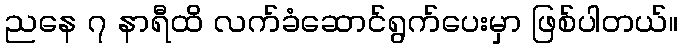
ညနေ ၇ နာရီထိ လက်ခံဆောင်ရွက်ပေးမှာ ဖြစ်ပါတယ်။